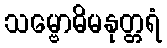
သမ္ဗောဓိမနုတ္တရံ